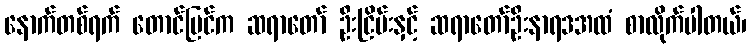
နောက်တစ်ရက် တောင်ပြင်က ဆရာတော် ဦးငြိမ်းနှင့် ဆရာတော်ဦးနာရဒအထံ စာလိုက်ပါတယ်၊